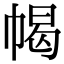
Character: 幆